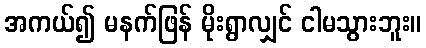
အကယ်၍ မနက်ဖြန် မိုးရွာလျှင် ငါမသွားဘူး။